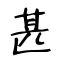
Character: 甚